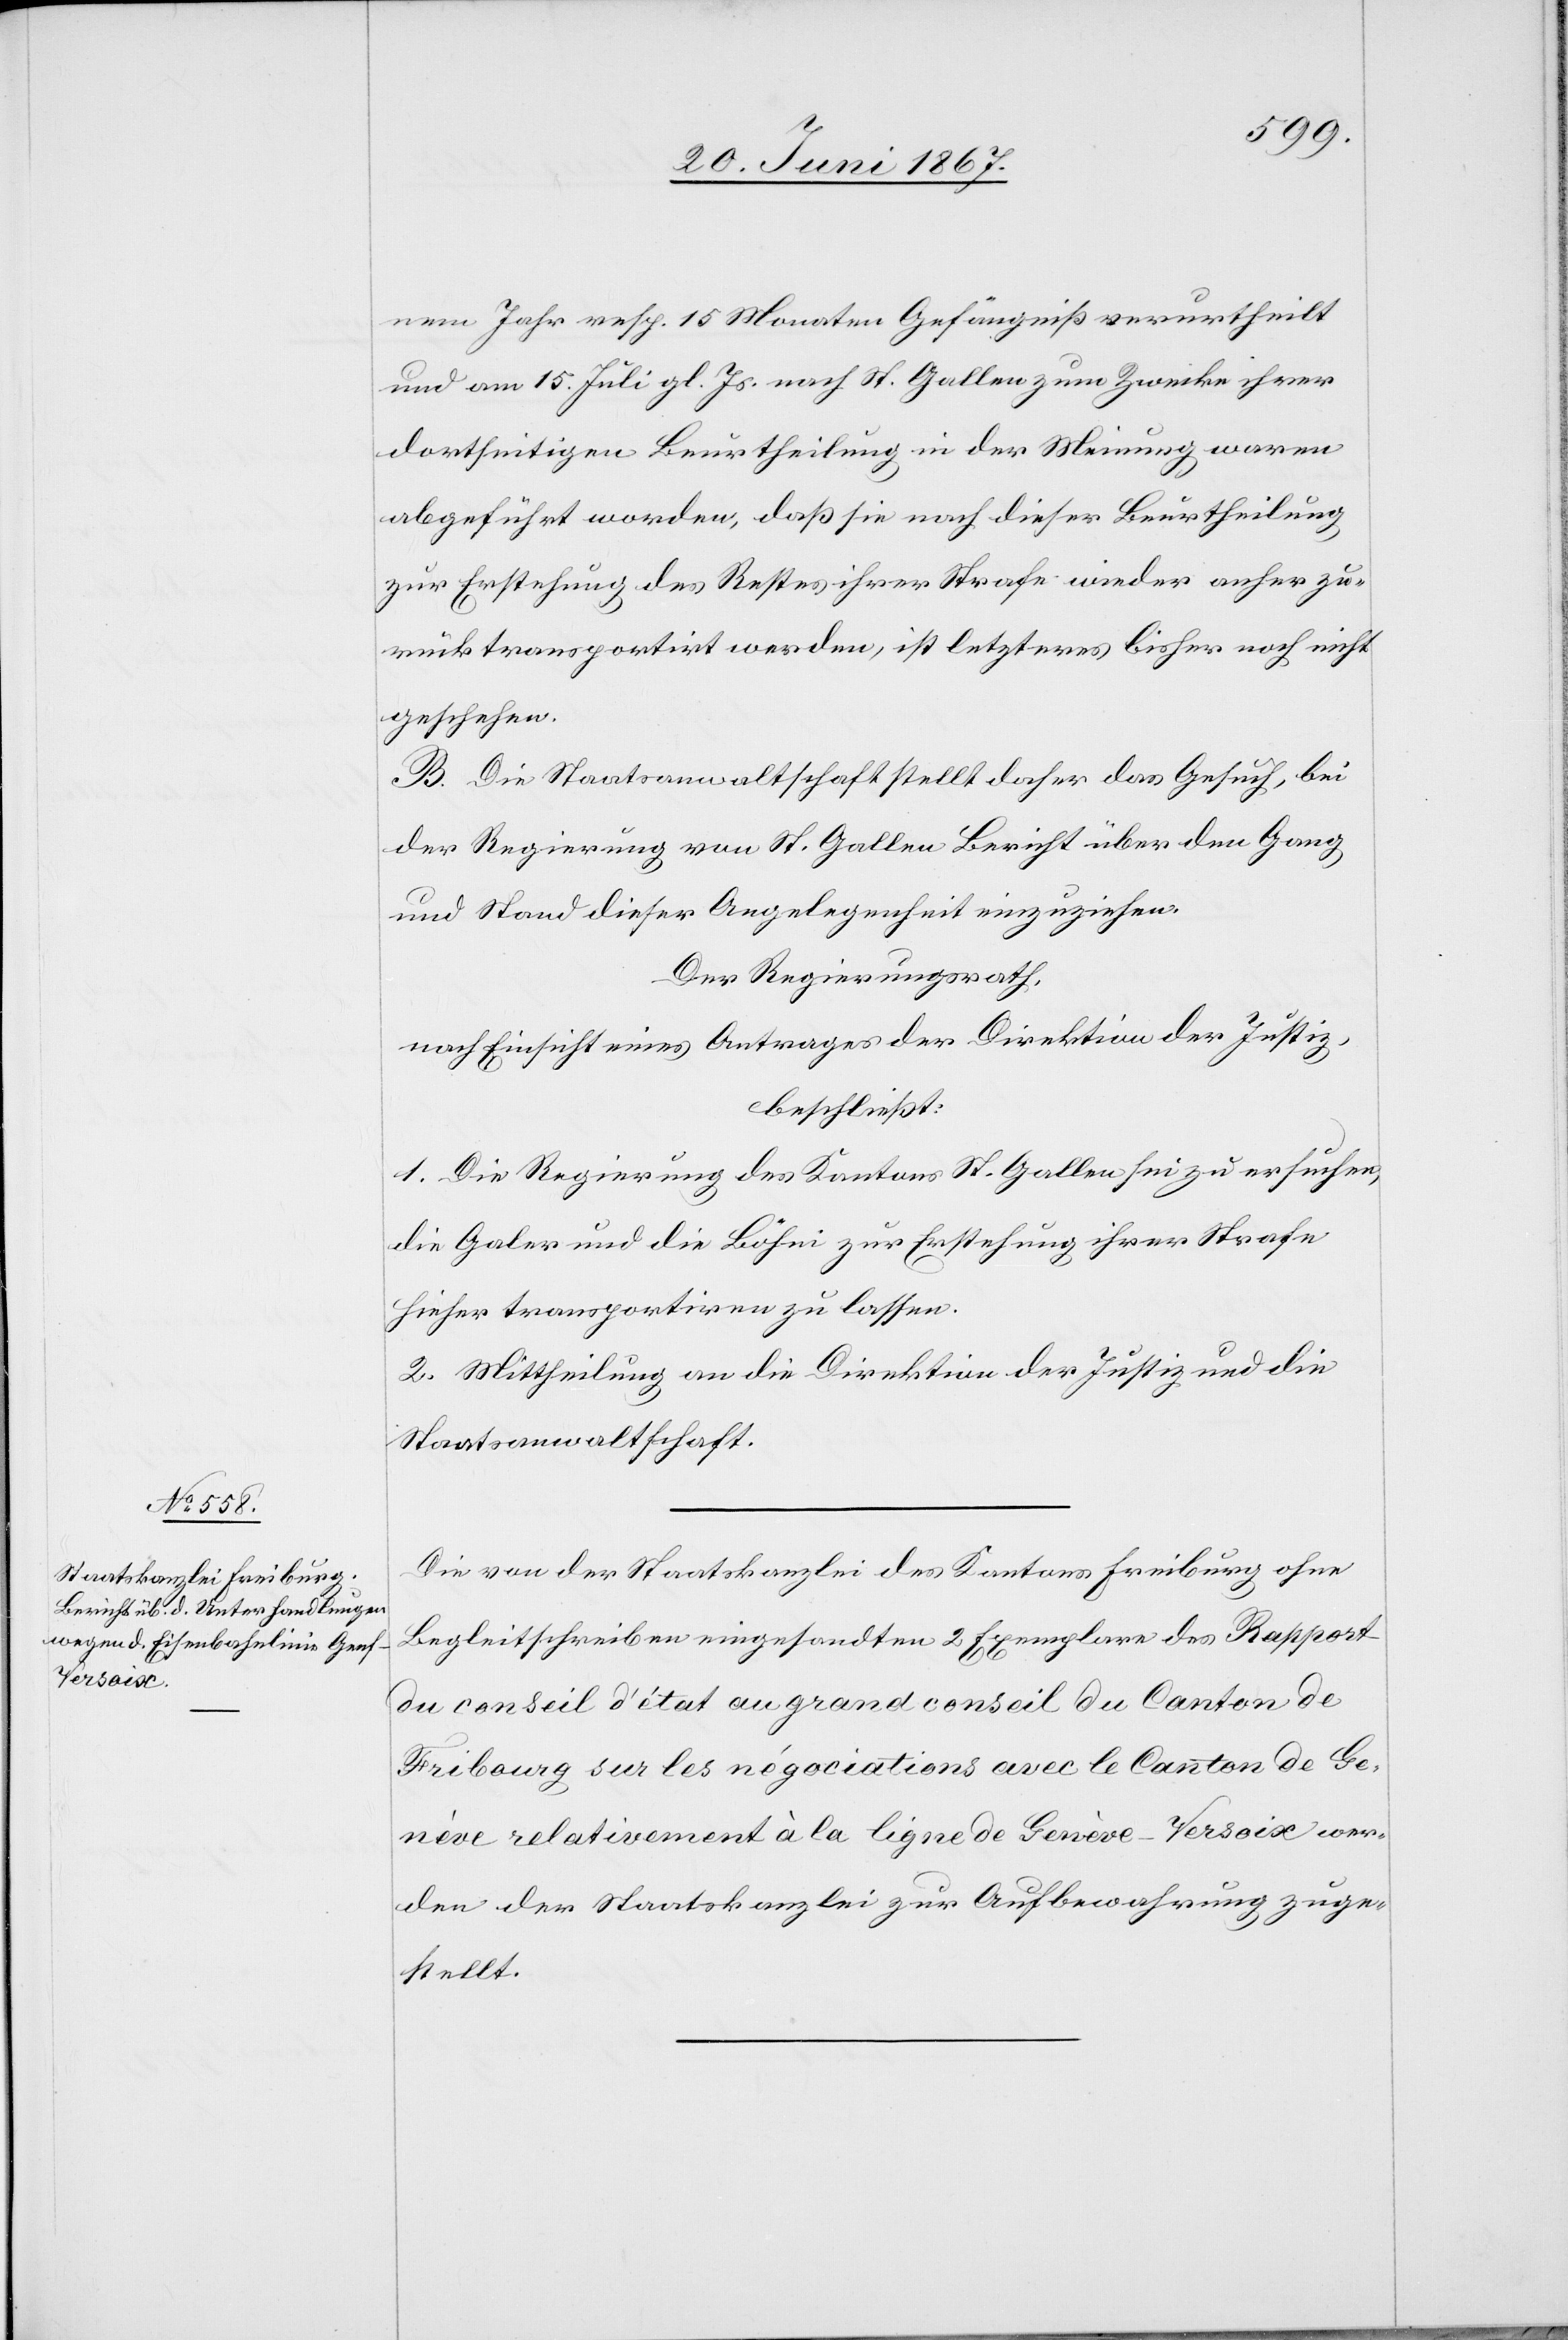
nem Jahr resp. 15 Monaten Gefängniß verurtheilt
und am 15. Juli gl. Js. nach St. Gallen zum Zwecke ihrer
dortseitigen Beurtheilung in der Meinung waren
abgeführt worden, daß sie nach dieser Beurtheilung
zur Erstehung des Restes ihrer Strafe wieder anher zu¬
rücktransportirt werden, ist letzteres bisher noch nicht
geschehen.
B. Die Staatsanwaltschaft stellt daher das Gesuch, bei
der Regierung von St. Gallen Bericht über den Gang
und Stand dieser Angelegenheit einzuziehen.
Der Regierungsrath,
nach Einsicht eines Antrages der Direktion der Justiz,
beschließt:
1. Die Regierung des Kantons St. Gallen zu ersuchen,
die Galer und die Böhni zur Erstehung ihrer Strafe
hieher transportiren zu lassen.
2. Mittheilung an die Direktion der Justiz und die
Staatsanwaltschaft.
Die von der Staatskanzlei des Kantons Freiburg ohne
Begleitschreiben eingesandten 2 Exemplare des Rapport
du conseil d’etat au grand conseil du Canton de
Fribourg sur les négociations avec le Canton de Ge¬
nève relativement à la ligne de Genève–Versiox wer¬
den der Staatskanzlei zur Aufbewahrung zuge¬
stellt.